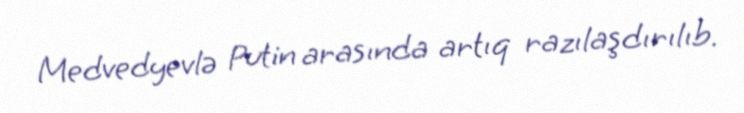
Medvedyevlə Putin arasında artıq razılaşdırılıb.